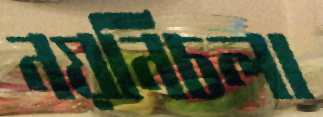
নয়নিচলা